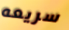
سريعه